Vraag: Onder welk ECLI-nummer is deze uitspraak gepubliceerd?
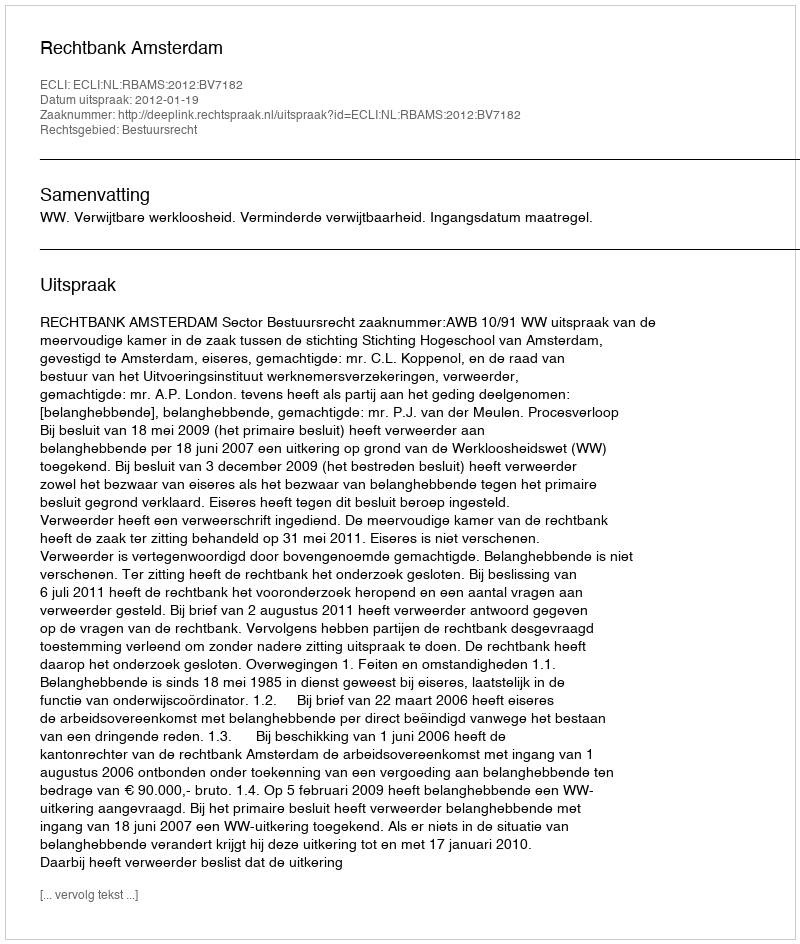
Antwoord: ECLI:NL:RBAMS:2012:BV7182